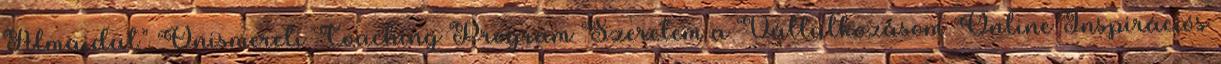
Álmaidat” Önismereti Coaching Program Szeretem a Vállalkozásom Online Inspirációs